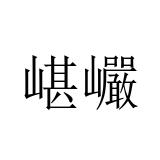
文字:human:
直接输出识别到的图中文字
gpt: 嵁巗